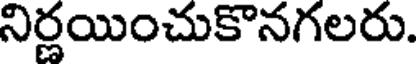
నిర్ణయించుకొనగలరు.